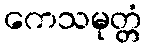
ကေသမုတ္တံ